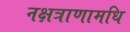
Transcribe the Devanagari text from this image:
नक्षत्राणामधि